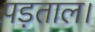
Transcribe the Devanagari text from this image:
पड़ताल।